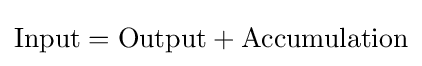
\mathrm {Input} =\mathrm {Output} +\mathrm {Accumulation}